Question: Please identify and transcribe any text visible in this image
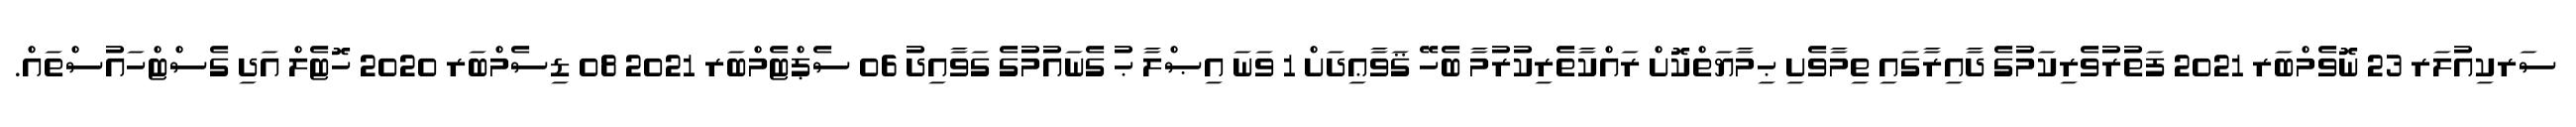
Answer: ސަރކިއުލަރ 23 ނޮވެމްބަރ 2021 ފަތުރުވެރިކަމުގެ ދާއިރާގައި ތިމާވެށި ޙިމާޔަތްކޮށް ރައްކާތެރިކުރުމާ ބެހޭ ޤަވާޢިދަށް 1 ވަނަ އިޞްލާ ޙު ގެނައުމުގެ ގަވާއިދު 06 ސެޕްޓެމްބަރ 2021 08 ޑިސެމްބަރ 2020 ހޮޓެލް އަދި ގެސްޓްހައުސްތައް.